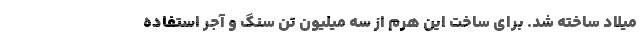
میلاد ساخته شد. برای ساخت این هرم از سه میلیون تن سنگ و آجر استفاده